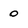
Character: 0